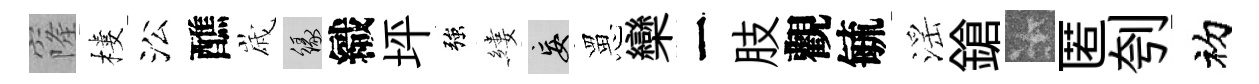
窿樓㳂醮𡻕緣織坪強縷妄罳欒一肢觀毓滛鎗卡匿刳初